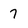
Character: 7